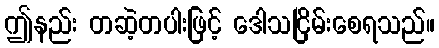
ဤနည်း တဆဲ့တပါးဖြင့် ဒေါသငြိမ်းစေရသည်။